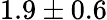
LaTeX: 1.9\pm 0.6